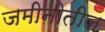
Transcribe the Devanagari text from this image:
जमीनीतील